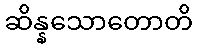
ဆိန္နသောတောတိ